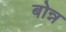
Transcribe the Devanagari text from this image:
बोन्न